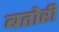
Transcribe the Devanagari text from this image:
बतोरी